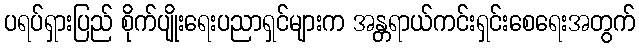
ပရပ်ရှားပြည် စိုက်ပျိုးရေးပညာရှင်များက အန္တရာယ်ကင်းရှင်းစေရေးအတွက်